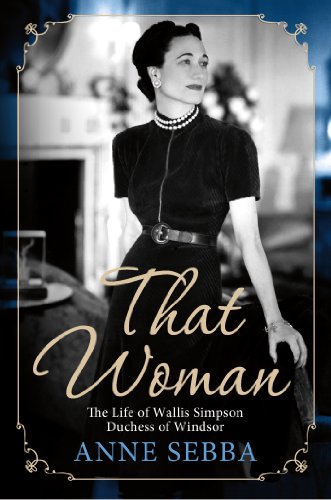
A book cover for That Woman: The Life of Wallis Simpson, Duchess of Windsor; Anne Sebba; Biographies & Memoirs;